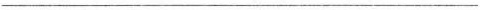
___